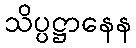
သိပ္ပဋ္ဌာနေန